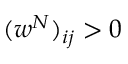
( w ^ { N } ) _ { i j } > 0